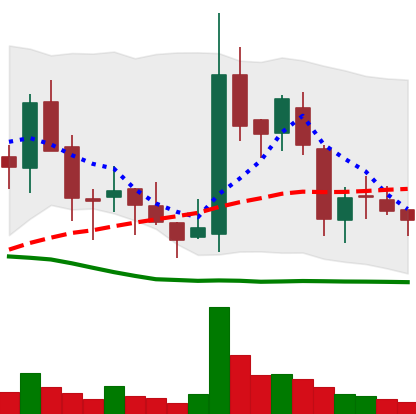
Ticker: BNB-USD
Chart end date: 2018-05-27
Forward return: 12.97%
Label: up_7plus